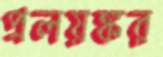
প্রলয়ঙ্কর